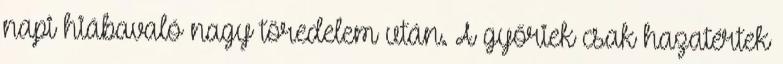
napi hiábavaló nagy töredelem után. A győriek csak hazatértek